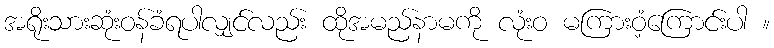
အရိုးသားဆုံးဝန်ခံရပါလျှင်လည်း ထိုအမည်နာမကို လုံးဝ မကြားဝံ့ကြောင်းပါ ။